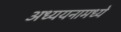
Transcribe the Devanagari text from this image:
अध्ययनामध्ये